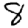
Digit: 8